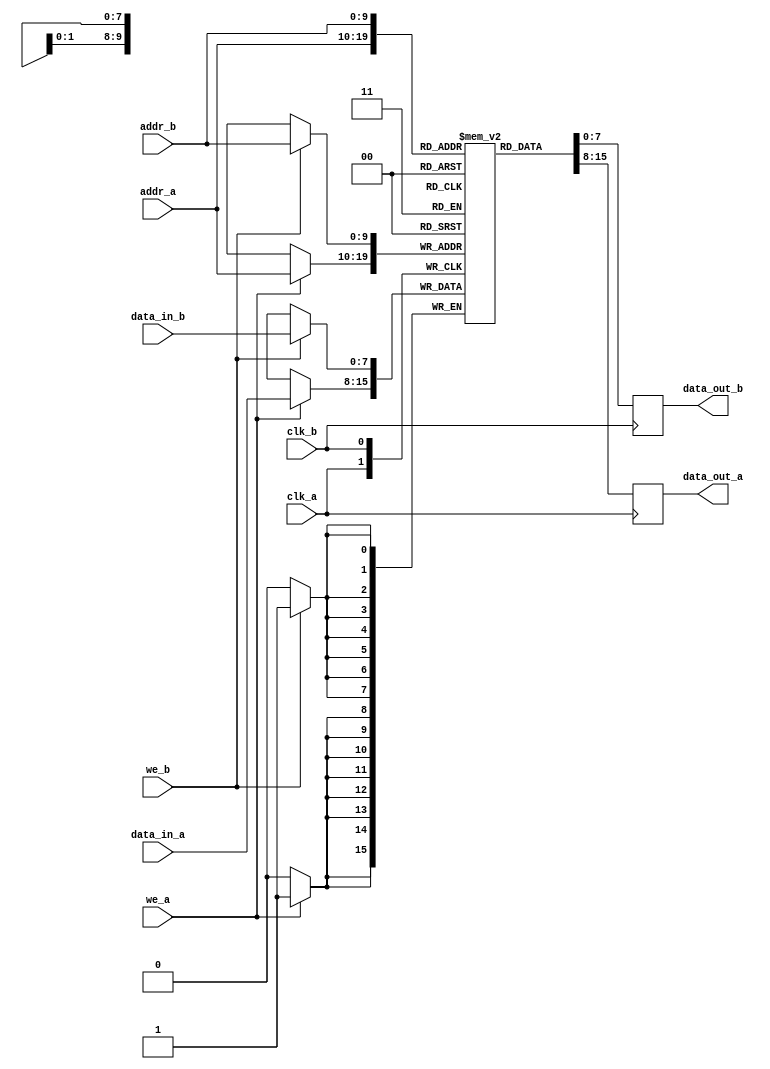
module dual_port_sram #(
    parameter ADDR_WIDTH = 10,  // Address width (10 bits for 1K depth)
    parameter DATA_WIDTH = 8     // Data width (8 bits)
)(
    input wire clk_a,            // Clock for Port A
    input wire clk_b,            // Clock for Port B
    input wire we_a,             // Write enable for Port A
    input wire we_b,             // Write enable for Port B
    input wire [ADDR_WIDTH-1:0] addr_a, // Address for Port A
    input wire [ADDR_WIDTH-1:0] addr_b, // Address for Port B
    input wire [DATA_WIDTH-1:0] data_in_a, // Data input for Port A
    input wire [DATA_WIDTH-1:0] data_in_b, // Data input for Port B
    output reg [DATA_WIDTH-1:0] data_out_a, // Data output for Port A
    output reg [DATA_WIDTH-1:0] data_out_b  // Data output for Port B
);

    // Memory array
    reg [DATA_WIDTH-1:0] memory [(1 << ADDR_WIDTH) - 1:0]; // 2^ADDR_WIDTH x DATA_WIDTH

    // Port A operations
    always @(posedge clk_a) begin
        if (we_a) begin
            // Write operation for Port A
            memory[addr_a] <= data_in_a;
        end
        // Read operation for Port A
        data_out_a <= memory[addr_a];
    end

    // Port B operations
    always @(posedge clk_b) begin
        if (we_b) begin
            // Write operation for Port B
            memory[addr_b] <= data_in_b;
        end
        // Read operation for Port B
        data_out_b <= memory[addr_b];
    end

endmodule